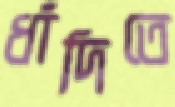
ধাঁদিতে